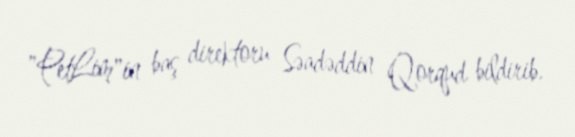
"PetLim"in baş direktoru Səadəddin Qorqud bildirib.